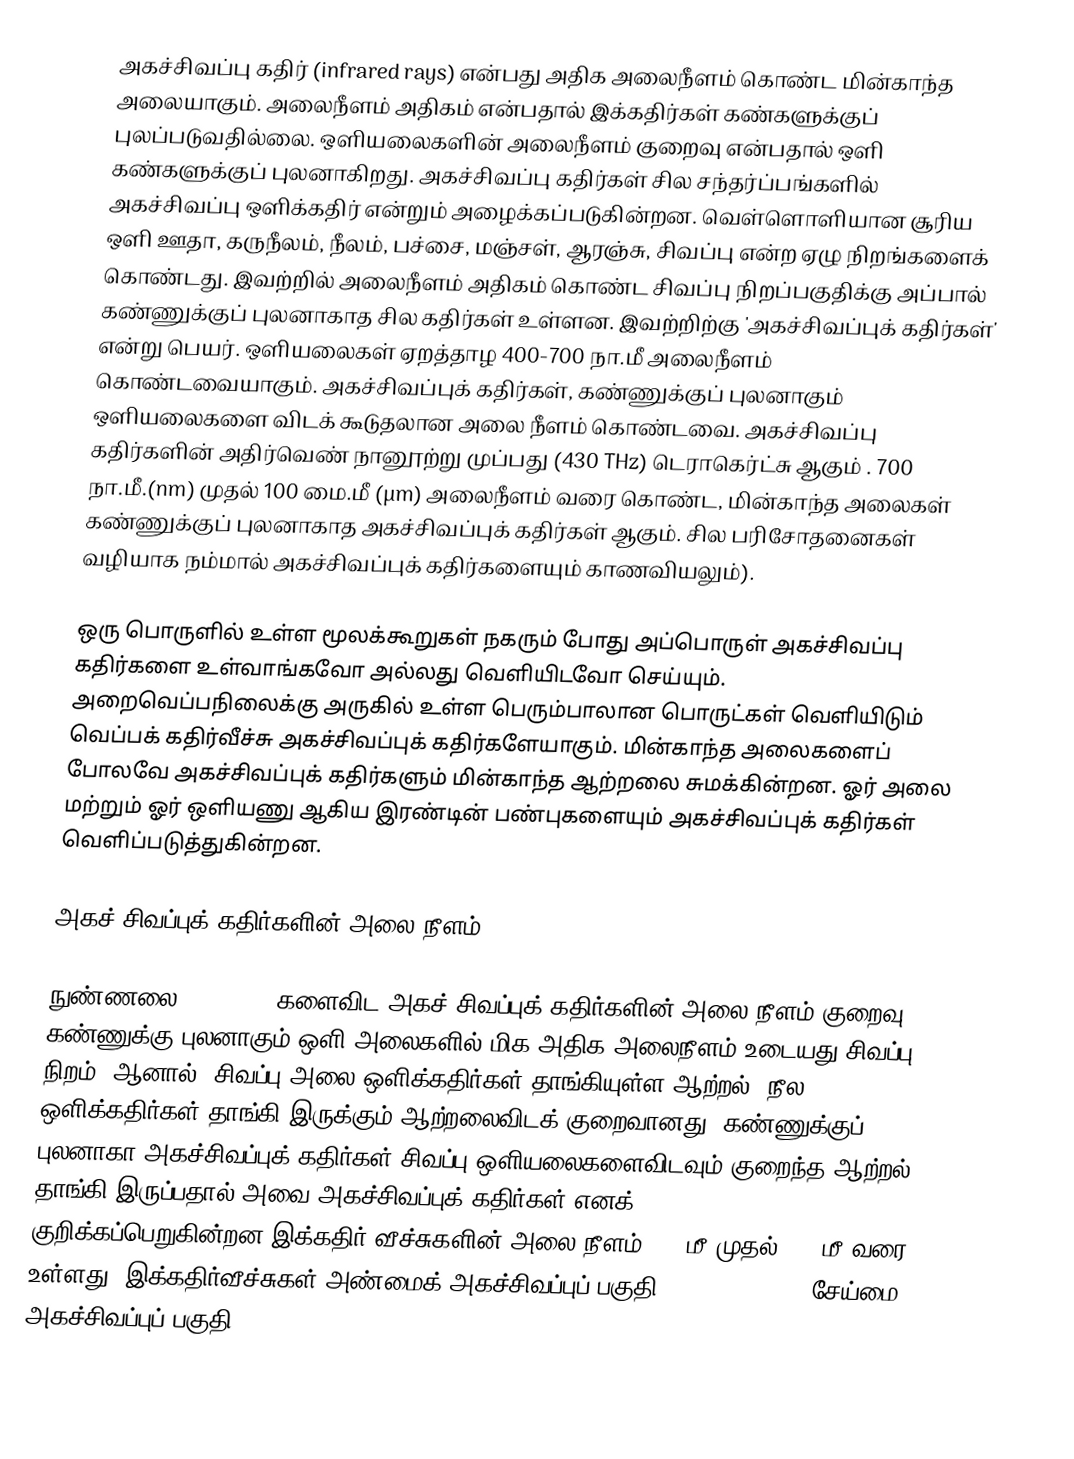
அகச்சிவப்பு கதிர் (infrared rays) என்பது அதிக அலைநீளம் கொண்ட மின்காந்த அலையாகும். அலைநீளம் அதிகம் என்பதால் இக்கதிர்கள் கண்களுக்குப் புலப்படுவதில்லை. ஒளியலைகளின் அலைநீளம் குறைவு என்பதால் ஒளி கண்களுக்குப் புலனாகிறது. அகச்சிவப்பு கதிர்கள் சில சந்தர்ப்பங்களில் அகச்சிவப்பு ஒளிக்கதிர் என்றும் அழைக்கப்படுகின்றன. வெள்ளொளியான சூரிய ஒளி ஊதா, கருநீலம், நீலம், பச்சை, மஞ்சள், ஆரஞ்சு, சிவப்பு என்ற ஏழு நிறங்களைக் கொண்டது. இவற்றில் அலைநீளம் அதிகம் கொண்ட சிவப்பு நிறப்பகுதிக்கு அப்பால் கண்ணுக்குப் புலனாகாத சில கதிர்கள் உள்ளன. இவற்றிற்கு 'அகச்சிவப்புக் கதிர்கள்' என்று பெயர். ஒளியலைகள் ஏறத்தாழ 400-700 நா.மீ  அலைநீளம் கொண்டவையாகும். அகச்சிவப்புக் கதிர்கள், கண்ணுக்குப் புலனாகும் ஒளியலைகளை விடக் கூடுதலான அலை நீளம் கொண்டவை. அகச்சிவப்பு கதிர்களின் அதிர்வெண் நானூற்று முப்பது (430 THz) டெராகெர்ட்சு ஆகும் .   700 நா.மீ.(nm) முதல் 100 மை.மீ (µm) அலைநீளம் வரை கொண்ட, மின்காந்த அலைகள் கண்ணுக்குப் புலனாகாத அகச்சிவப்புக் கதிர்கள் ஆகும். சில பரிசோதனைகள் வழியாக நம்மால் அகச்சிவப்புக் கதிர்களையும் காணவியலும்).

ஒரு பொருளில் உள்ள மூலக்கூறுகள் நகரும் போது அப்பொருள் அகச்சிவப்பு கதிர்களை உள்வாங்கவோ அல்லது வெளியிடவோ செய்யும். அறைவெப்பநிலைக்கு அருகில் உள்ள பெரும்பாலான பொருட்கள் வெளியிடும் வெப்பக் கதிர்வீச்சு அகச்சிவப்புக் கதிர்களேயாகும். மின்காந்த அலைகளைப் போலவே அகச்சிவப்புக் கதிர்களும் மின்காந்த ஆற்றலை சுமக்கின்றன. ஓர் அலை மற்றும் ஓர் ஒளியணு ஆகிய இரண்டின்  பண்புகளையும் அகச்சிவப்புக் கதிர்கள் வெளிப்படுத்துகின்றன.

அகச் சிவப்புக் கதிர்களின் அலை நீளம்

நுண்ணலை(Microwave)களைவிட அகச் சிவப்புக் கதிர்களின் அலை நீளம் குறைவு. கண்ணுக்கு புலனாகும் ஒளி அலைகளில் மிக அதிக அலைநீளம் உடையது சிவப்பு நிறம். ஆனால், சிவப்பு அலை ஒளிக்கதிர்கள் தாங்கியுள்ள ஆற்றல், நீல ஒளிக்கதிர்கள் தாங்கி இருக்கும் ஆற்றலைவிடக் குறைவானது. கண்ணுக்குப் புலனாகா அகச்சிவப்புக் கதிர்கள் சிவப்பு ஒளியலைகளைவிடவும் குறைந்த ஆற்றல் தாங்கி இருப்பதால் அவை அகச்சிவப்புக் கதிர்கள் எனக் குறிக்கப்பெறுகின்றன.இக்கதிர் வீச்சுகளின் அலை நீளம் 106 மீ முதல் 103 மீ.வரை உள்ளது. இக்கதிர்வீச்சுகள் அண்மைக் அகச்சிவப்புப் பகுதி (Near infrared) சேய்மை அகச்சிவப்புப் பகுதி (Far infr